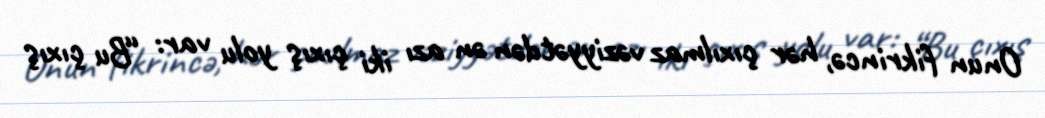
Onun fikrincə, hər çıxılmaz vəziyyətdən ən azı iki çıxış yolu var: “Bu çıxış